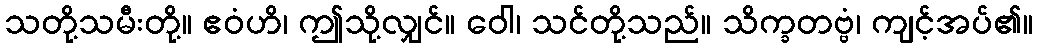
သတို့သမီးတို့။ ဧဝံဟိ၊ ဤသို့လျှင်။ ဝေါ၊ သင်တို့သည်။ သိက္ခတဗ္ဗံ၊ ကျင့်အပ်၏။